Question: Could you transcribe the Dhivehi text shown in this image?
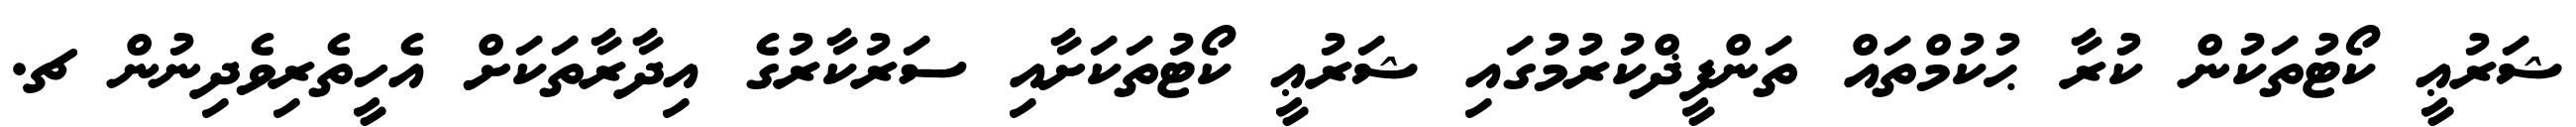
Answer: ޝަރުޢީ ކޯޓުތަކުން ކުރާ ޙުކުމްތައް ތަންފީޛްކުރުމުގައި ޝަރުޢީ ކޯޓުތަކަށާއި ސަރުކާރުގެ އިދާރާތަކަށް އެހީތެރިވެދިނުން ޗ.